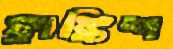
ফ্রাঙ্কিশ